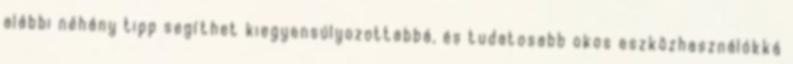
alábbi néhány tipp segíthet kiegyensúlyozottabbá, és tudatosabb okos eszközhasználókká